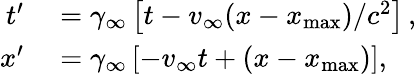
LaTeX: \begin{array}{rl}{t^{\prime}}&{{}=\gamma_{\infty}\left[t-v_{\infty}(x-x_{\mathrm{max}})/c^{2}\right]\, ,}\\ {x^{\prime}}&{{}=\gamma_{\infty}\left[-v_{\infty}t+(x-x_{\mathrm{max}})\right],}\end{array}